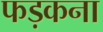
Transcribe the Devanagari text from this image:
फड़कना